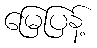
မြေပြန့်